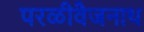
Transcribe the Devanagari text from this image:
परळीवैजनाथ